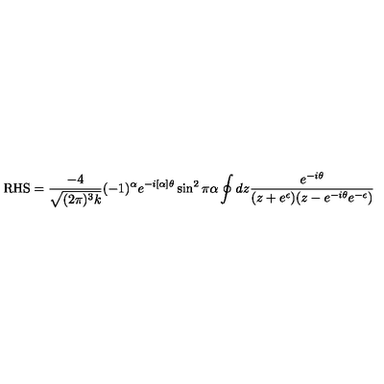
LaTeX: \mathrm { R H S } = \frac { - 4 } { \sqrt { ( 2 \pi ) ^ { 3 } k } } ( - 1 ) ^ { \alpha } e ^ { - i [ \alpha ] \theta } \sin ^ { 2 } \pi \alpha \oint d z \frac { e ^ { - i \theta } } { ( z + e ^ { \epsilon } ) ( z - e ^ { - i \theta } e ^ { - \epsilon } ) }